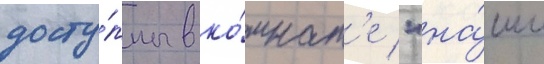
досту́пны в ко́мнат'е "на́ши